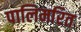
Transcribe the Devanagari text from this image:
पालिमरित